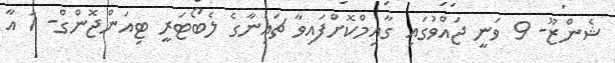
ޝެންޒޫ- 9 ވަނީ ޖައްވުގައި ގާއިމްކޮށްފައިވާ ޗައިނާގެ ލެބޯޓަރީ ޓިއަންޖޮންގް- 1 އާ